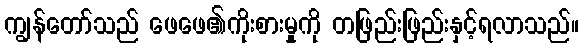
ကျွန်တော်သည် ဖေဖေ၏ကိုးစားမှုကို တဖြည်းဖြည်းနှင့်ရလာသည်။